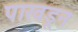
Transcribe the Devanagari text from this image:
पाखडून